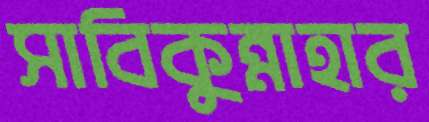
সাবিকুন্নাহার